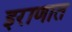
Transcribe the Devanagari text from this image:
इराणात